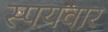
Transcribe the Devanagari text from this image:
स्पयवार